Leaving Certificate Examination, 1920
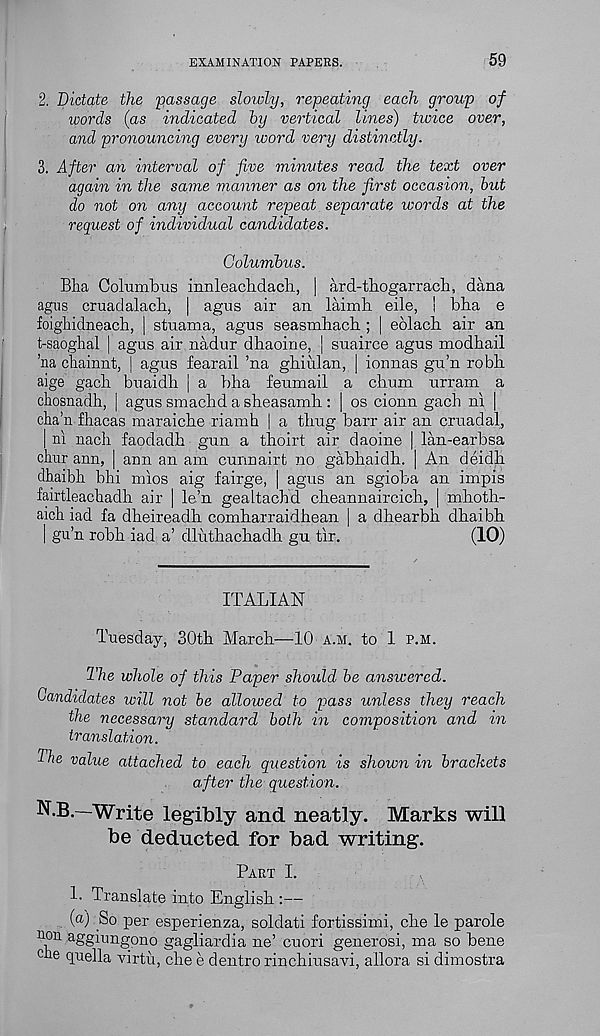
EXAMINATION PAPEES.
59
2. Dictate the passage slowly, repeating each group of
words (as indicated by vertical lines) twice over,
and pronouncing every word very distinctly.
3. After an interval of five minutes read the text over
again in the same manner as on the first occasion, but
do not on any account repeat separate words at the
request of individual candidates.
Columbus.
Bha Columbus innleacbdach, | ard-tbogarrach, dana
agns cruadalach, | agus air an laimb eile, | bba e
foigliidneach, | stuama, agus seasmhach ; | eolacb air an
t-saoghal | agus air nadur dhaoine, J suairce agus modhail
’na cbainnt, J agus fearail ’na ghiulan, | ionnas gu’n robb
aige gacb buaidb | a bha feumail a chum urram a
cliosnadh, j agus smachd a sheasamh : | os cionn gach ni |
clia’n fhacas maraicbe riamh | a thug barr air an cruadal,
| m nacli faodadb gun a thoirt air daoine | lan-earbsa
chur ann, | ann an am cunnairt iao gabbaidh. | An deidb
dhaibb bhi mios aig fairge, | agus an sgioba an impis
fairtleachadh air | le’n gealtacbd cbeannaircich, | mbotb-
aicb iad fa dbeireadh combarraidbean | a dhearbh dbaibb
| gu’u robb iad a’ dlutbacbadb gu tir.
(10)
ITALIAN
Tuesday, 30th March—10 a.m. to 1 p.m.
The whole of this Paper should be answered.
Candidates will not be allowed to pass unless they reach
the necessary standard both in composition and in
translation.
The value attached to each question is shown m brackets
after the question.
N.B.—Write legibly and neatly. Marks will
be deducted for bad writing.
Part I.
1. Translate into English :—
(a) So per esperienza, soldati fortissimi, che le parole
non aggiungpno gagliardia ne’ cuori generosi, ma so bene
cne quella virtu, die e dentro rinebiusavi, allora si dimostra